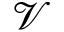
\mathcal { V }